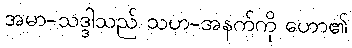
အမာ-သဒ္ဒါသည် သဟ-အနက်ကို ဟော၏